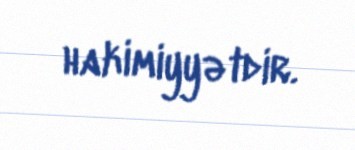
hakimiyyətdir.